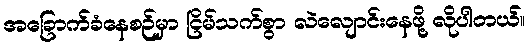
အခြောက်ခံနေစဉ်မှာ ငြိမ်သက်စွာ လဲလျောင်းနေဖို့ လိုပါတယ်။